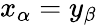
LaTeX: x_{\alpha}=y_{\beta}